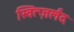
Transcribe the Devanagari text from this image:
स्वित्ज़र्लंद